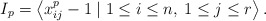
\begin{align*}I_p=\left\langle x_{ij}^p-1\mid 1\leq i\leq n,\:1\leq j\leq r\right\rangle.\end{align*}